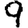
Digit: 9